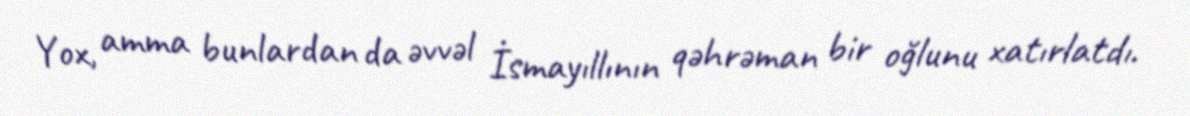
Yox, amma bunlardan da əvvəl İsmayıllının qəhrəman bir oğlunu xatırlatdı.